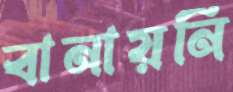
বানায়নি